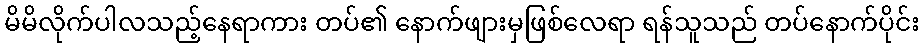
မိမိလိုက်ပါလသည့်နေရာကား တပ်၏ နောက်ဖျားမှဖြစ်လေရာ ရန်သူသည် တပ်နောက်ပိုင်း